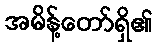
အမိန့်တော်ရှိ၏